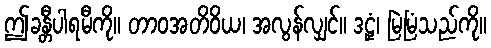
ဤခန္တီပါရမီကို။ တာဝအတိဝိယ၊ အလွန်လျှင်။ ဒဠှံ၊ မြဲမြံသည်ကို။